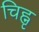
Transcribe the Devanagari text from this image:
चिह्नृ